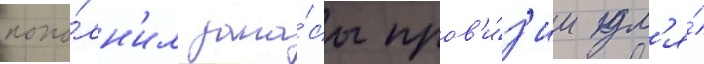
попо́лн'ил запа́сы пров'и́з'ии дл'я́